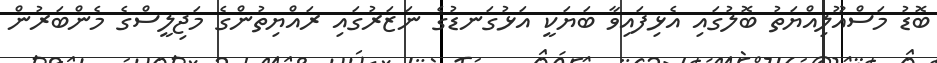
ބޮޑު މަސްއޫލިއްޔަތު ބޮލުގައި އެޅިފައިވާ ބަޔަކީ އަޅުގަނޑުގެ ނަޒަރުގައި ރައްޔިތުންގެ މަޖިލީސްގެ މެންބަރުން